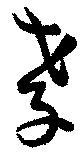
孝